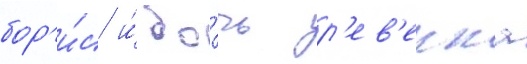
бор'и́с и́ до́чь р'ев'екка